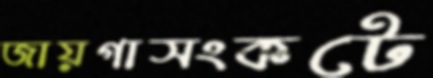
জায়গাসংকটে